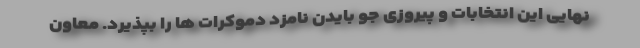
نهایی این انتخابات و پیروزی جو بایدن نامزد دموکرات ها را بپذیرد. معاون